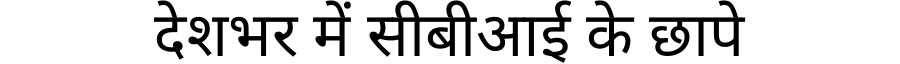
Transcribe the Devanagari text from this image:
देशभर में सीबीआई के छापे